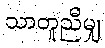
သာတူညီမျှ